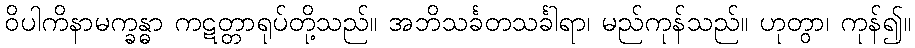
ဝိပါကိနာမက္ခန္ဓာ ကဋတ္တာရုပ်တို့သည်။ အဘိသင်္ခတသင်္ခါရာ၊ မည်ကုန်သည်။ ဟုတွာ၊ ကုန်၍။